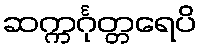
ဆက္ကင်္ဂုတ္တရေပိ